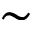
\sim